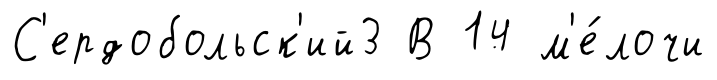
С'ердобольск'ий3 В 14 м'е́лочи